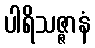
ပါရိသဇ္ဇာနံ